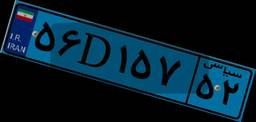
۵۶D۱۵۷۵۲